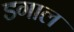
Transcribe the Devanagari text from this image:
डगाल